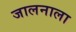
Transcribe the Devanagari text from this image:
जालनाला